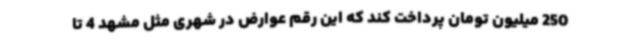
250 میلیون تومان پرداخت کند که این رقم عوارض در شهری مثل مشهد 4 تا